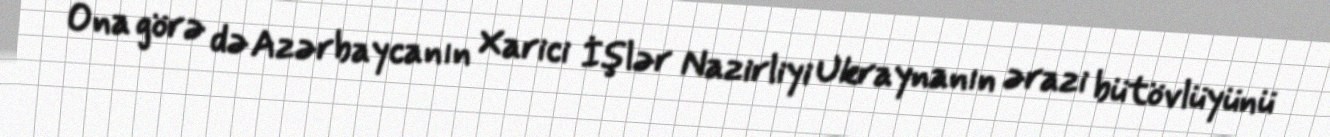
Ona görə də Azərbaycanın Xarici İşlər Nazirliyi Ukraynanın ərazi bütövlüyünü